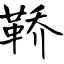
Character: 鞒